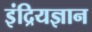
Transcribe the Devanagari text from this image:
इंद्रियज्ञान